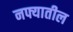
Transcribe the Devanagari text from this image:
नफ्यातील